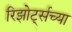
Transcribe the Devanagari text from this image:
रिझोर्ट्सच्या